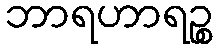
ဘာရဟာရဉ္စ